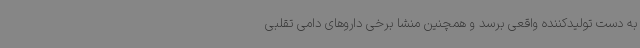
به دست تولیدکننده واقعی برسد و همچنین منشا برخی داروهای دامی تقلبی